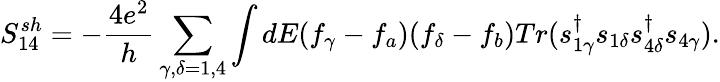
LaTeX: {S_{14}^{sh}}=-\frac{4e^{2}}{h}\sum_{\gamma,\delta=1,4}\int dE(f_{\gamma}-f_{a})(f_{\delta}-f_{b})Tr(s_{1\gamma}^{\dagger}s_{1\delta}s_{4\delta}^{\dagger}s_{4\gamma}).